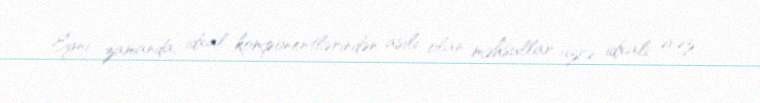
Eyni zamanda, idxal komponentlərindən asılı olan məhsullar üzrə idxalı əvəz